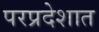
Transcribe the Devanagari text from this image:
परप्रदेशात